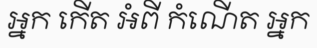
អ្នក កើត អំពី កំណើត អ្នក